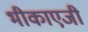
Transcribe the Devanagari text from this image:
भीकाएजी